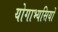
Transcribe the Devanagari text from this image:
योगाभ्यसियों